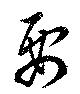
要